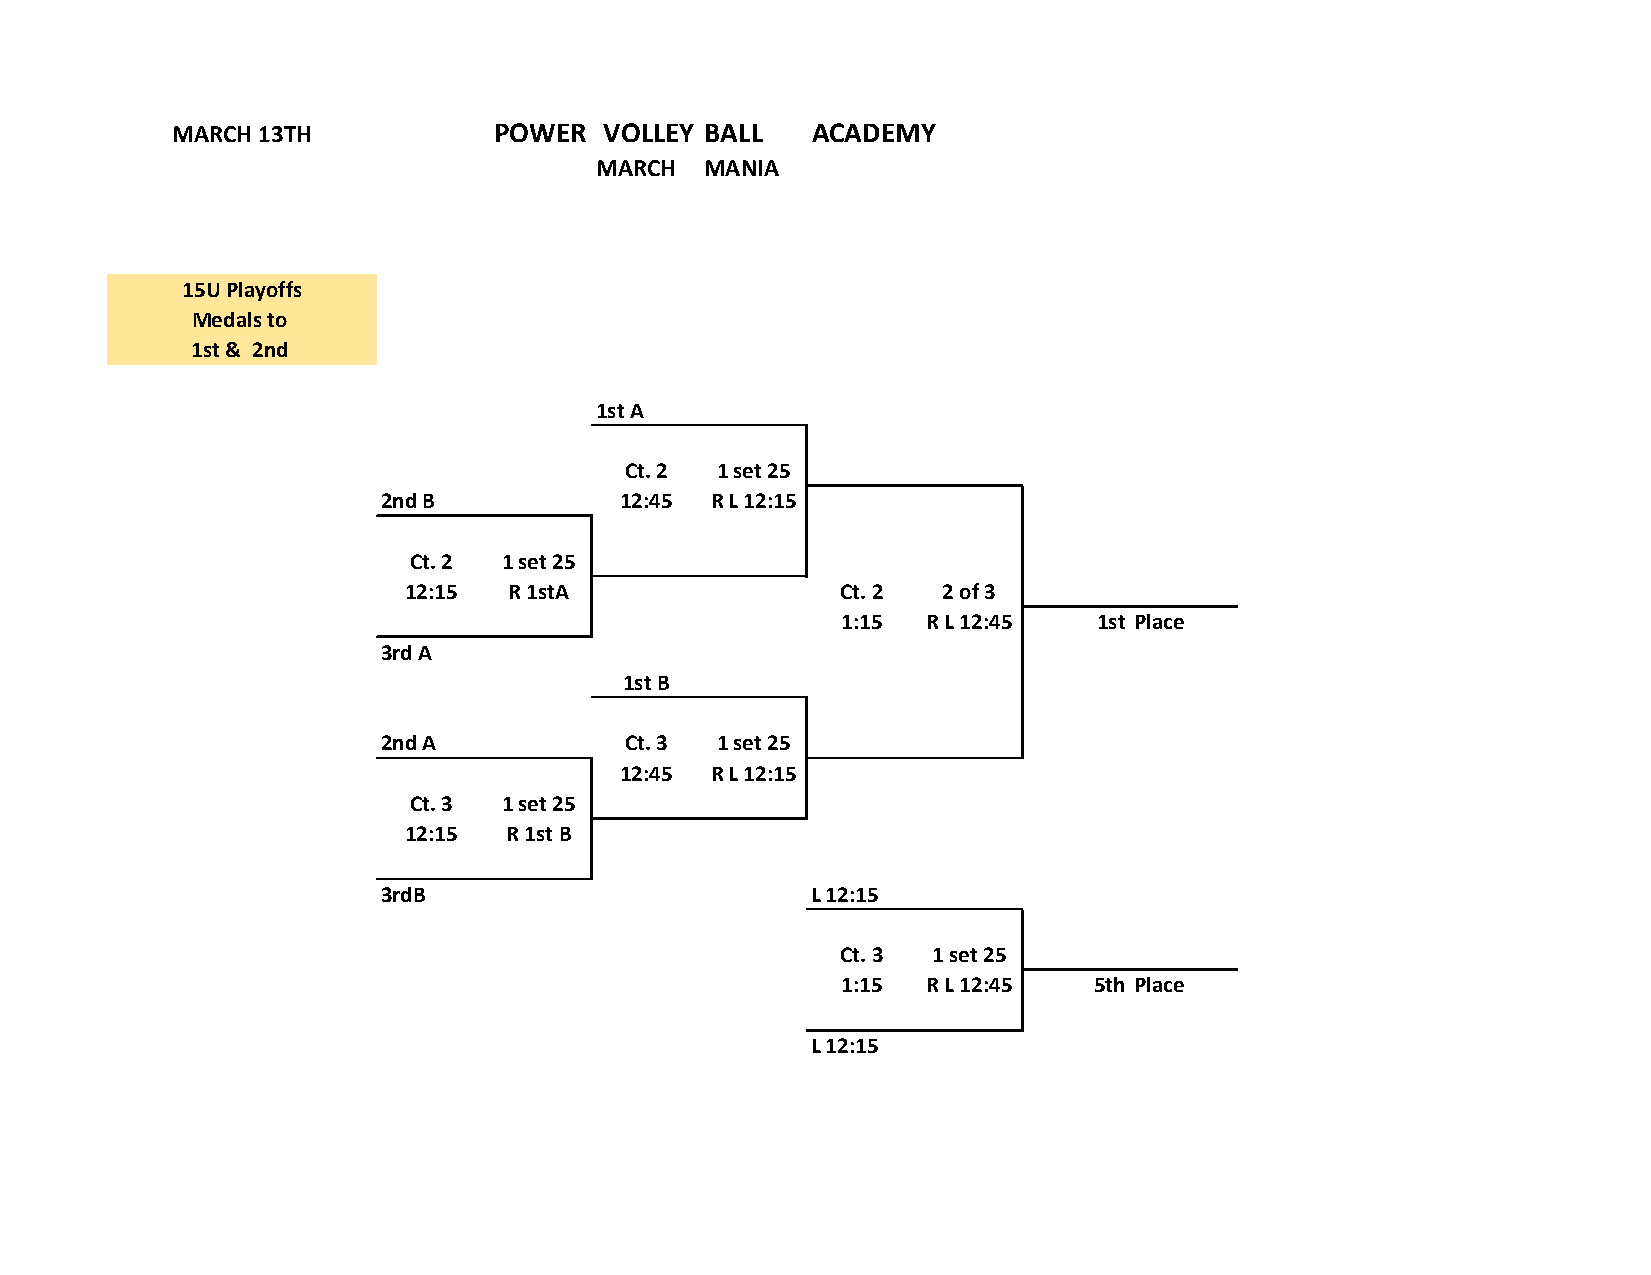
MARCH 13TH            POWER  VOLLEY BALL   ACADEMY
 MARCH   MANIA
 15U Playoffs
 Medals to
 1st & 2nd
 1st A
 Ct. 2 1 set 25
 2nd B           12:45 R L 12:15
 Ct. 2 1 set 25
 12:15  R 1stA                Ct. 2 2 of 3
 1:15 R L 12:45   1st Place
 3rd A
 1st B
 2nd A           Ct. 3 1 set 25
 12:45 R L 12:15
 Ct. 3 1 set 25
 12:15 R 1st B
 3rdB                         L 12:15
 Ct. 3 1 set 25
 1:15 R L 12:45  5th Place
 L 12:15